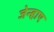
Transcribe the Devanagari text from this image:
जेन्हाए